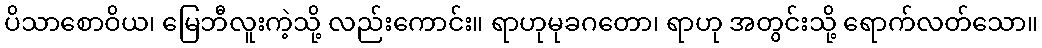
ပိသာစောဝိယ၊ မြေဘီလူးကဲ့သို့ လည်းကောင်း။ ရာဟုမုခဂတော၊ ရာဟု အတွင်းသို့ ရောက်လတ်သော။